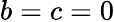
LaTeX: b=c=0